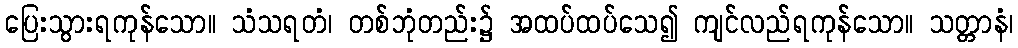
ပြေးသွားရကုန်သော။ သံသရတံ၊ တစ်ဘုံတည်း၌ အထပ်ထပ်သေ၍ ကျင်လည်ရကုန်သော။ သတ္တာနံ၊